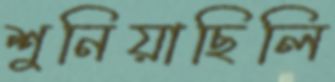
শুনিয়াছিলি